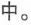
中。